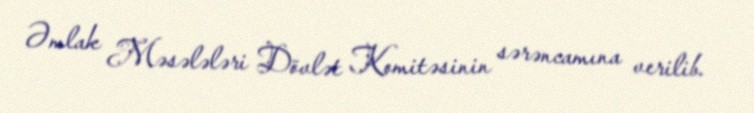
Əmlak Məsələləri Dövlət Komitəsinin sərəncamına verilib.